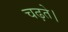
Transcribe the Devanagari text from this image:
चढ़ते।